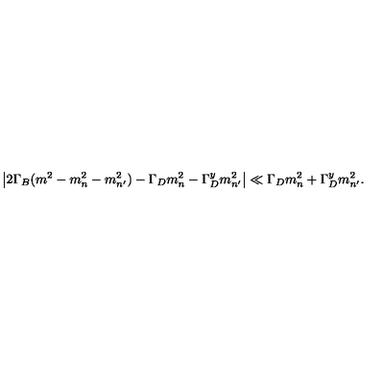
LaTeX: \left| 2 \Gamma _ { B } ( m ^ { 2 } - m _ { n } ^ { 2 } - m _ { n ^ { \prime } } ^ { 2 } ) - \Gamma _ { D } m _ { n } ^ { 2 } - \Gamma _ { D } ^ { y } m _ { n ^ { \prime } } ^ { 2 } \right| \ll \Gamma _ { D } m _ { n } ^ { 2 } + \Gamma _ { D } ^ { y } m _ { n ^ { \prime } } ^ { 2 } .